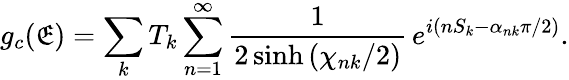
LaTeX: g_{c}(\mathfrak{E})=\sum_{k}T_{k}\sum_{n=1}^{\infty}{\frac{{1}}{{2\sinh{(\chi_{nk}/2)}}}}\, e^{i(nS_{k}-\alpha_{nk}\pi/2)}.